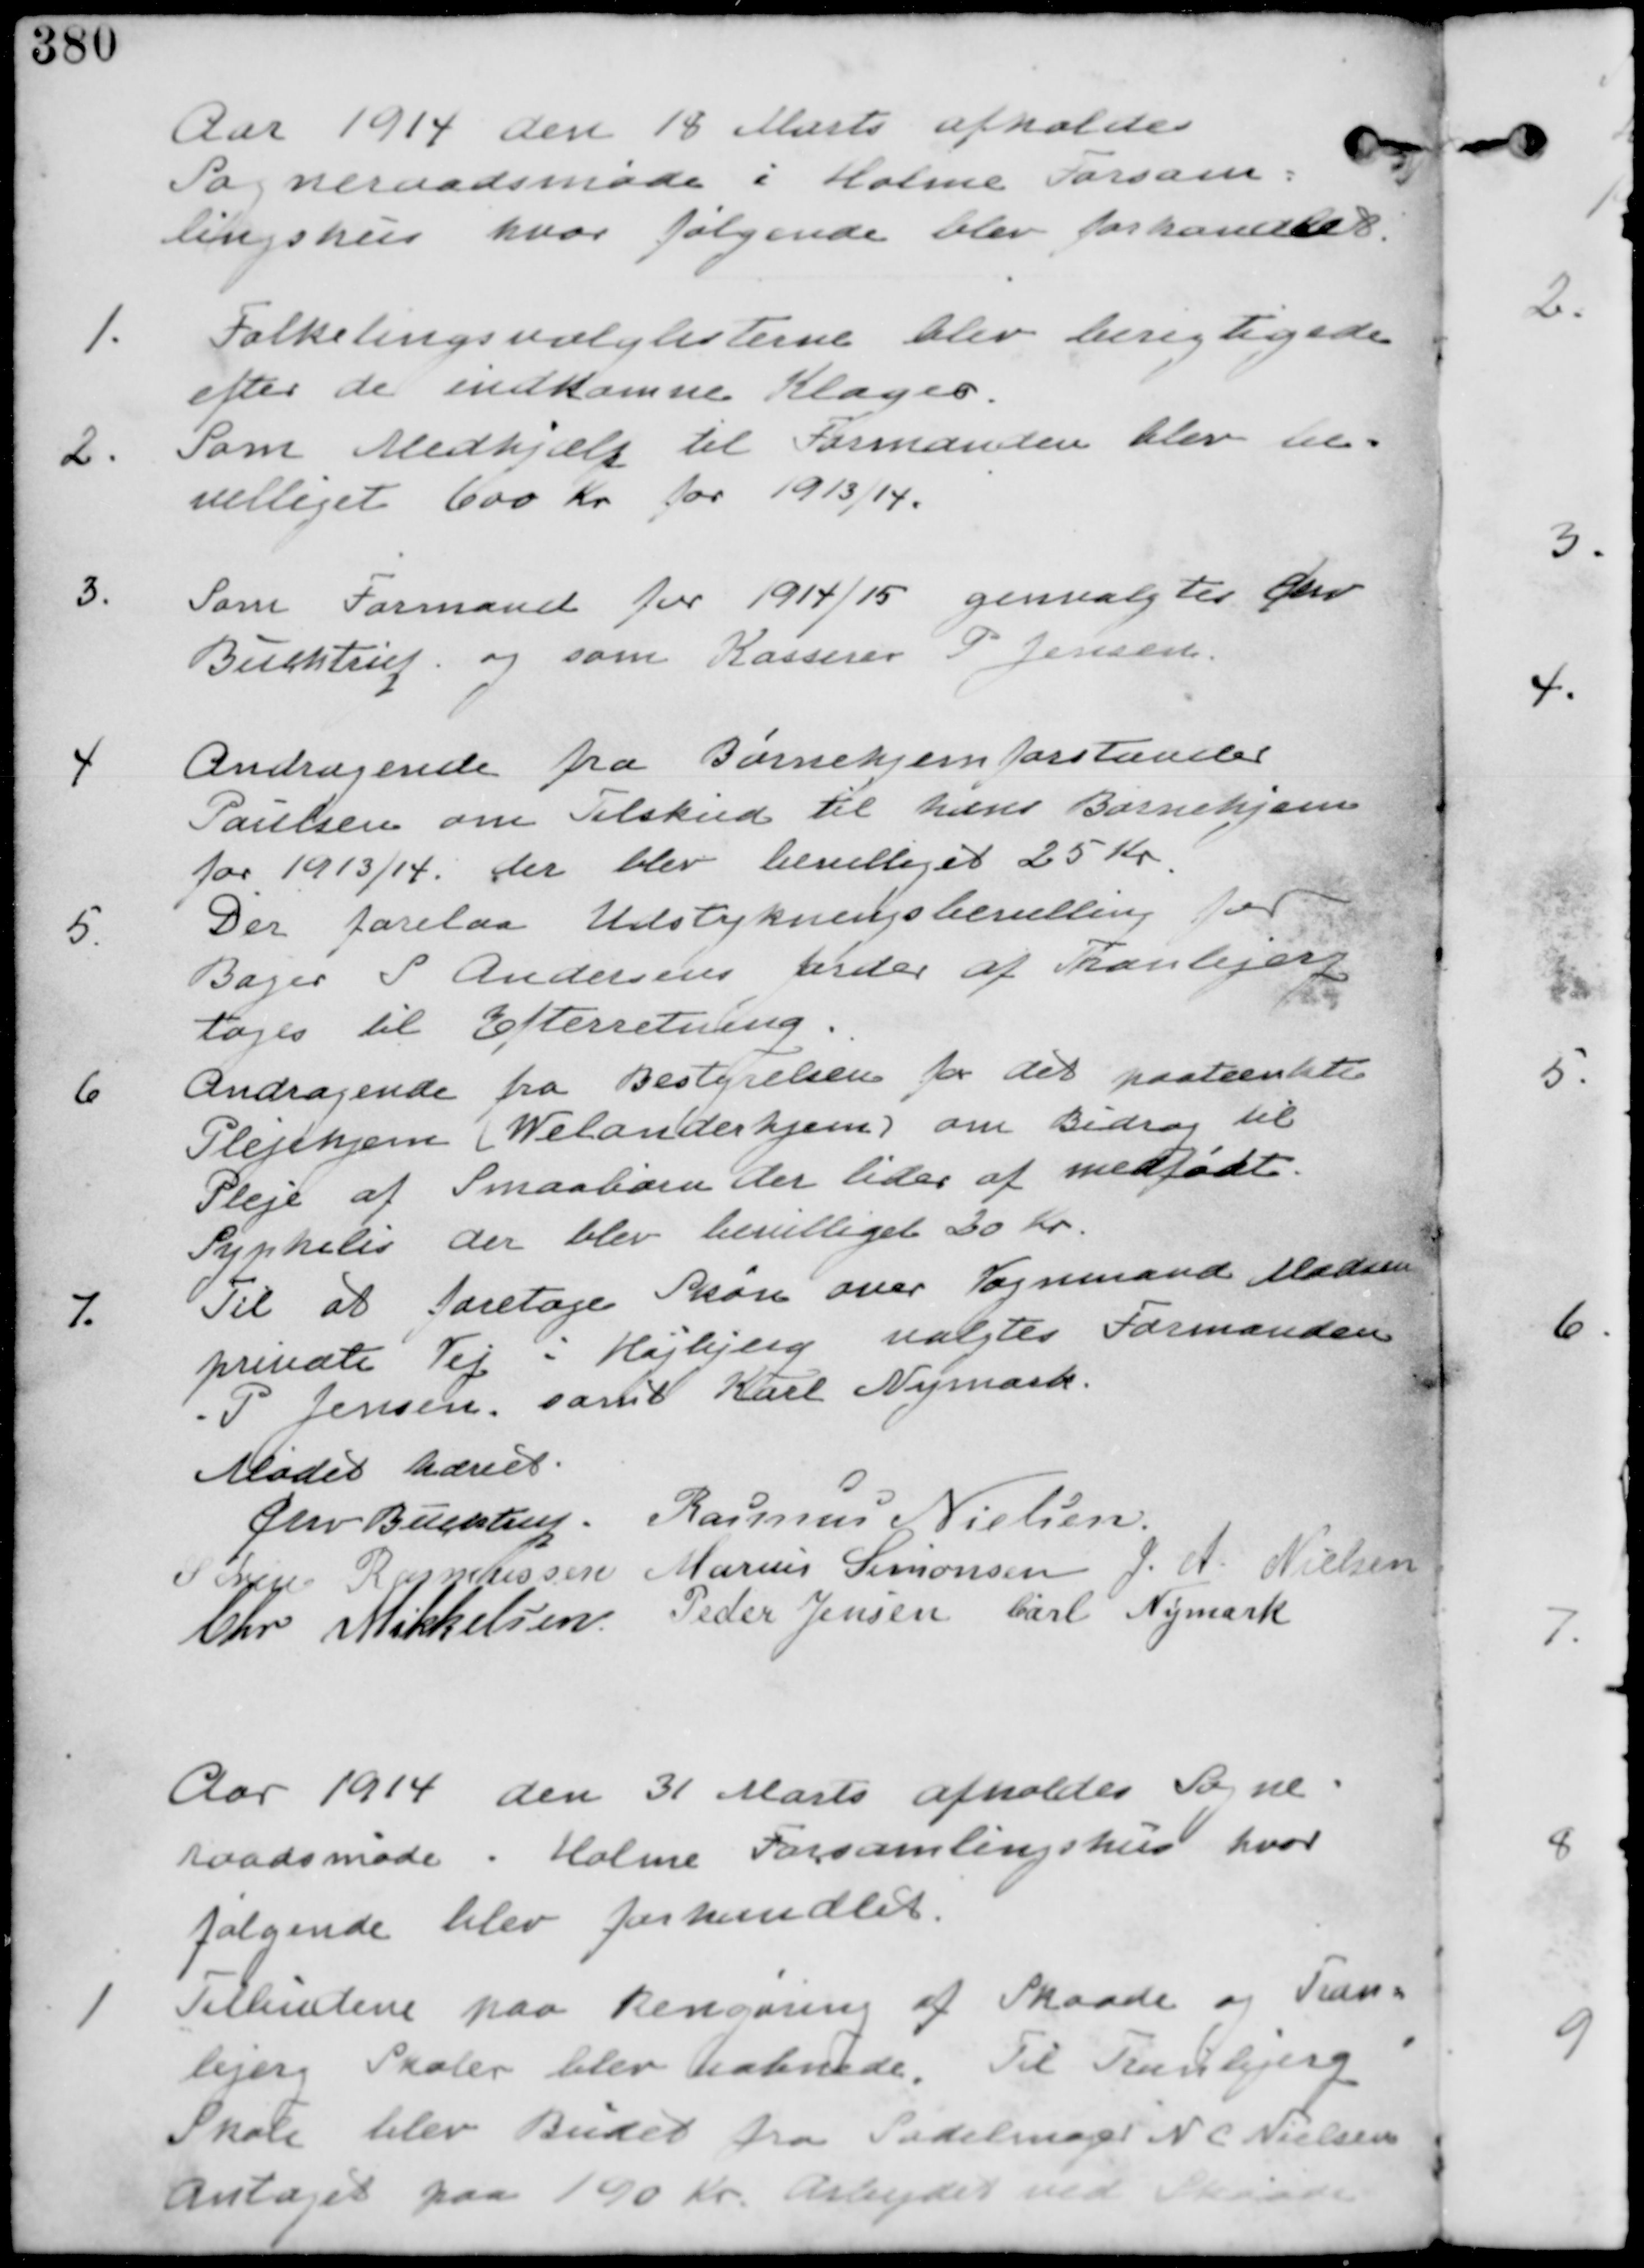
Transskription:
Aar 1914 den 18 Marts afholdes
Sogneraadsmøde i Holme Forsam-
lingshus hvor følgende blev forhandlet.

1.
Folketingsvalglisterne blev berigtigedet
efter de indkomne Klager.

2.
Som Medhjælp til Formanden blev be-
villiget 600 Kr for 1913/14

3.
Som Formand for 1914/15 genvalgtes Chr
Buchtrup og som Kasserer P Jensen.

4.
Andragende fra Børnehjemsforstander
Paulsen om Tilskud til hans Børnehjem
for 1913/14. der blev bevilliget 25 Kr.

5.
Der forelaa Udstykningsbevilling for
Bager S Andersens Jorder af Tranbjerg
tages til Efterretning.

6.
Andragende fra Bestyrelsen for det paatænkte
Plejehjem (Welanderhjem) om Bidrag til
Pleje af Smaabørn der lider af medfødt
Syphelis der blev bevilliget 20 Kr.

7.
Til at foretage Skøn over Vognmand Madsen
private Vej i Højbjerg valgtes Formanden
P Jensen. samt Karl Nymark

Mødet hævet
Chr Buchtrup. Rasmus Nielsen
Søren Rasmussen Marius Simonsen J A Nielsen
Chr Mikkelsen Peder Jensen Carl Nymark

Aar 1914 den 31 Marts afholdes Sogne-
raadsmøde i Holme Forsamlingshus hvor
følgende blev forhandlet

1.
Tilbudene paa Rengøring af Skaade og Tran-
bjerg Skoler blev aabnede. Til Tranbjerg
Skole blev Budet fra Sadelmager N C Nielsen
antaget paa 190 Kr. Arbejdet ved Skaade